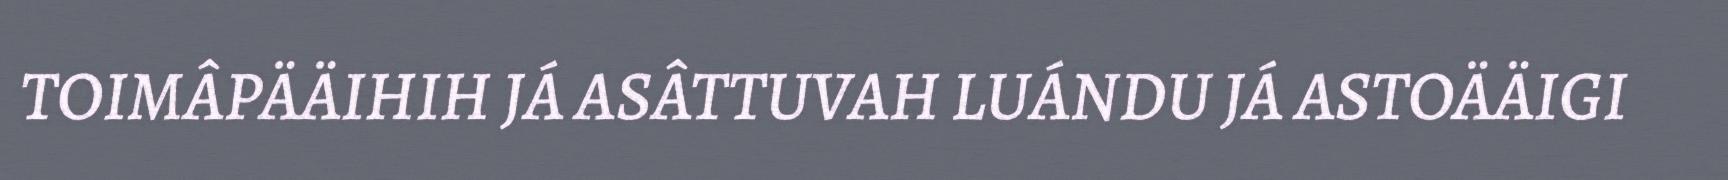
TOIMÂPÄÄIHIH JÁ ASÂTTUVAH LUÁNDU JÁ ASTOÄÄIGI